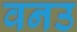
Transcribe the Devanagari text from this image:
वनउ